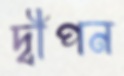
দ্বীপন